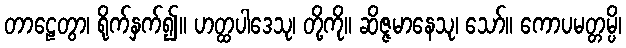
တာဠေတွာ၊ ရိုက်နှက်၍။ ဟတ္ထပါဒေသု၊ တို့ကို။ ဆိဇ္ဇမာနေသု၊ သော်။ ကောပမတ္တမ္ပိ၊